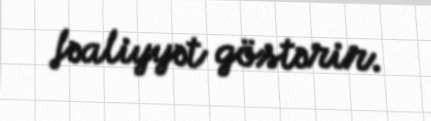
fəaliyyət göstərir.